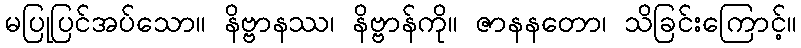
မပြုပြင်အပ်သော။ နိဗ္ဗာနဿ၊ နိဗ္ဗာန်ကို။ ဇာနနတော၊ သိခြင်းကြောင့်။